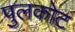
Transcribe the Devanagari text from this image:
पुलकोट